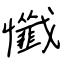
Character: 懺